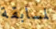
لمسابقة